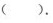
（ ）.